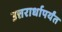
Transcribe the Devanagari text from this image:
उत्तरार्धापर्यंत